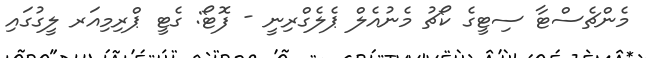
މެންޗެސްޓާ ސިޓީގެ ކޯޗު މެނުއެލް ޕެލެގްރިނީ - ފޮޓޯ: ގެޓީ ޕްރިމިއަރ ލީގުގައި